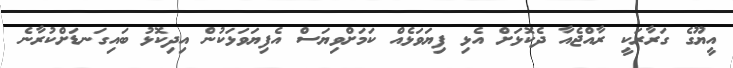
އީޔޫގެ ގަރާރަކީ ރާއްޖެއާ ދެކޮޅަށް އެޅި ފިޔަވަޅެއް ކަމަށްވިޔަސް އެފިޔަވަޅަކުން އިދިކޮޅު ބައިގަނޑަށްކުރާނެ